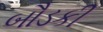
બૌડકી